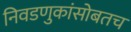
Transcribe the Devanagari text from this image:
निवडणुकांसोबतच